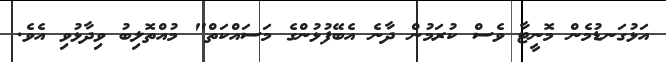
އަޅުގަނޑުމެން މޮނީޓާ ވެސް ކުރަމުން ދާނެ އެބޭފުޅުންގެ މަސައްކަތް" މުއްތޮލިބު ވިދާޅުވި އެވެ.